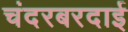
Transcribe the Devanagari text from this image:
चंदरबरदाई